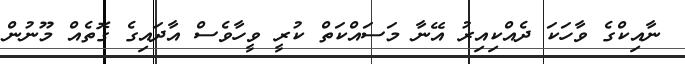
ނާއިކްގެ ވާހަކަ ދެއްކިއިރު އޭނާ މަސައްކަތް ކުރީ ވީހާވެސް އާދައިގެ ގޮތެއް މޫނުން